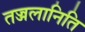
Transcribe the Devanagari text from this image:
तज्जलानिति